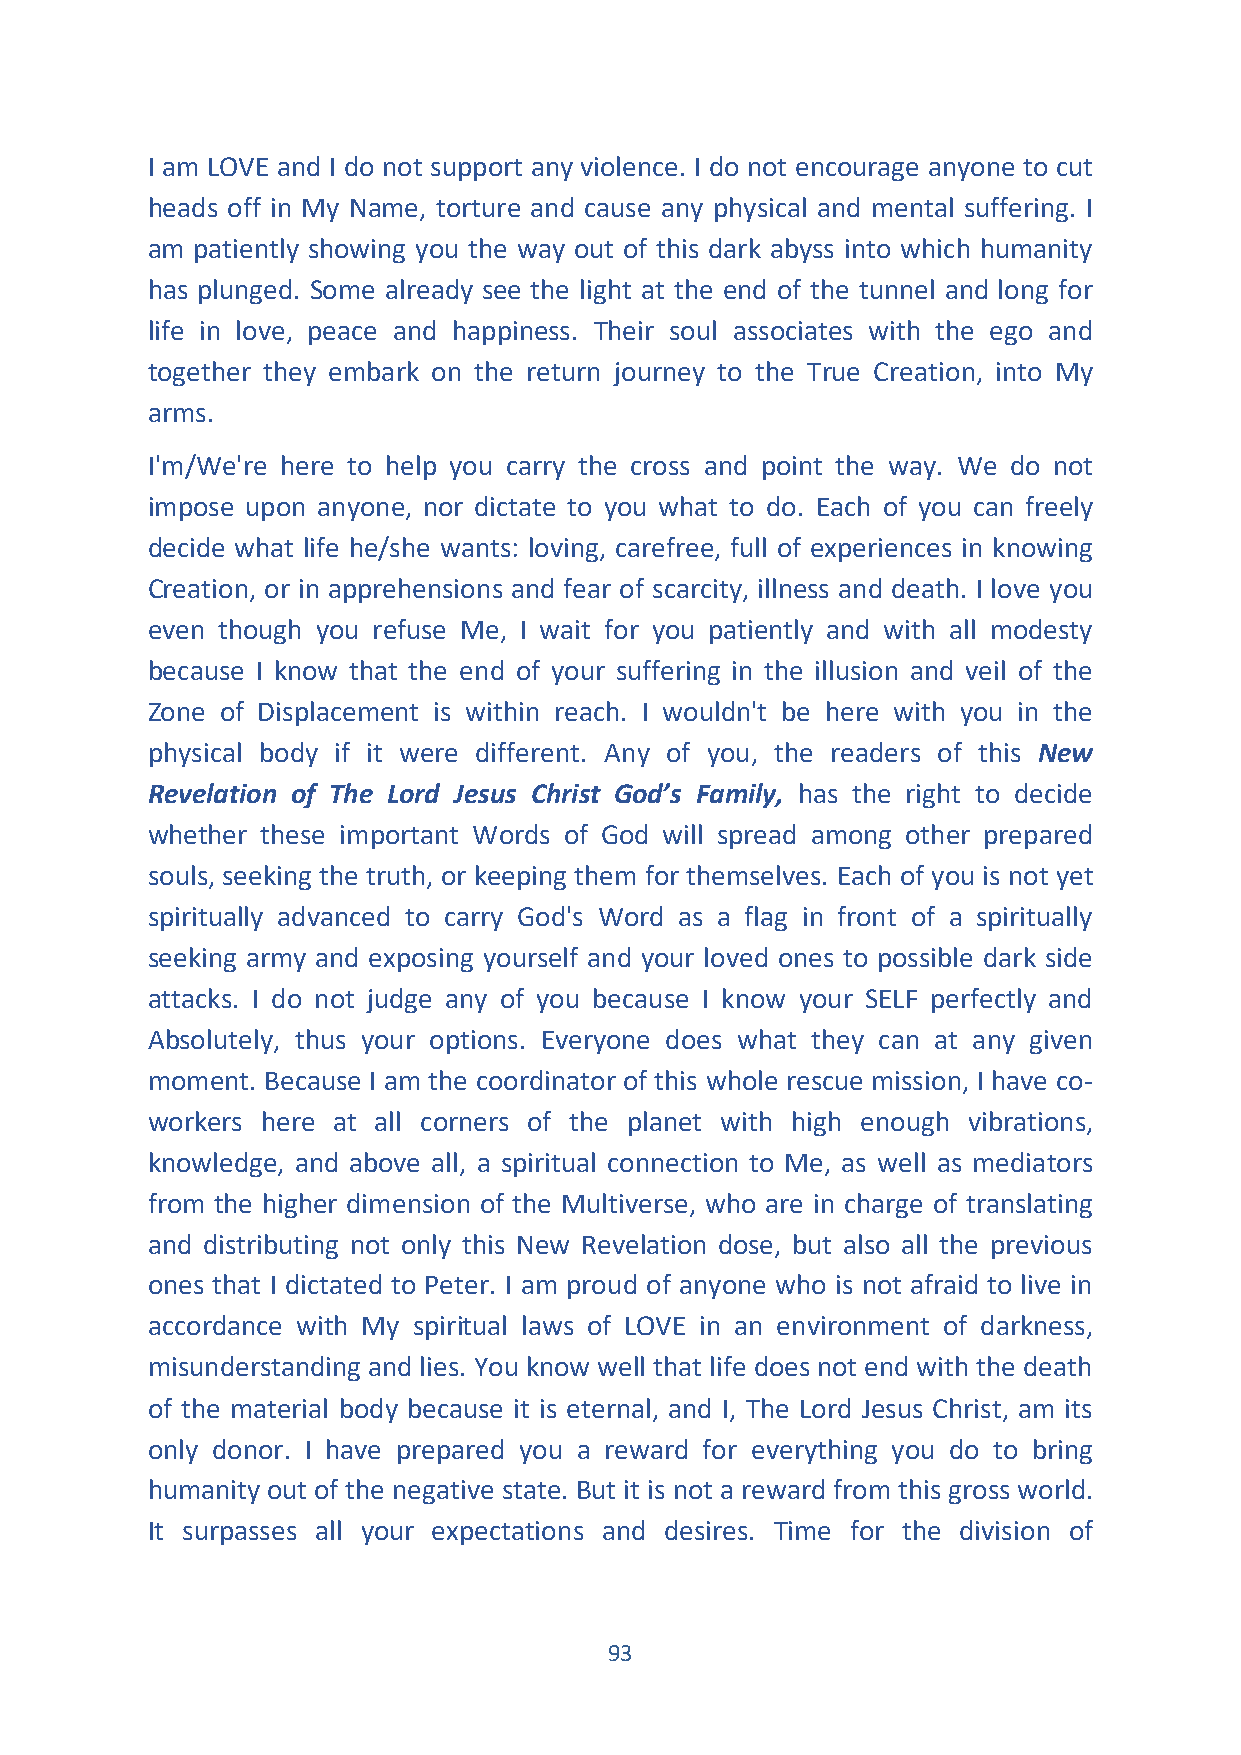
I am LOVE and I do not support any violence. I do not encourage anyone to cut
 heads off in My Name, torture and cause any physical and mental suffering. I
 am patiently showing you the way out of this dark abyss into which humanity
 has plunged. Some already see the light at the end of the tunnel and long for
 life in love, peace and happiness. Their soul associates with the ego and
 together they embark on the return journey to the True Creation, into My
 arms.
 I'm/We're here to help you carry the cross and point the way. We do not
 impose upon anyone, nor dictate to you what to do. Each of you can freely
 decide what life he/she wants: loving, carefree, full of experiences in knowing
 Creation, or in apprehensions and fear of scarcity, illness and death. I love you
 even though you refuse Me, I wait for you patiently and with all modesty
 because I know that the end of your suffering in the illusion and veil of the
 Zone of Displacement is within reach. I wouldn't be here with you in the
 physical body if it were different. Any of you, the readers of this New
 Revelation of The Lord Jesus Christ God’s Family, has the right to decide
 whether these important Words of God will spread among other prepared
 souls, seeking the truth, or keeping them for themselves. Each of you is not yet
 spiritually advanced to carry God's Word as a flag in front of a spiritually
 seeking army and exposing yourself and your loved ones to possible dark side
 attacks. I do not judge any of you because I know your SELF perfectly and
 Absolutely, thus your options. Everyone does what they can at any given
 moment. Because I am the coordinator of this whole rescue mission, I have co-
 workers here at all corners of the planet with high enough vibrations,
 knowledge, and above all, a spiritual connection to Me, as well as mediators
 from the higher dimension of the Multiverse, who are in charge of translating
 and distributing not only this New Revelation dose, but also all the previous
 ones that I dictated to Peter. I am proud of anyone who is not afraid to live in
 accordance with My spiritual laws of LOVE in an environment of darkness,
 misunderstanding and lies. You know well that life does not end with the death
 of the material body because it is eternal, and I, The Lord Jesus Christ, am its
 only donor. I have prepared you a reward for everything you do to bring
 humanity out of the negative state. But it is not a reward from this gross world.
 It surpasses all your expectations and desires. Time for the division of
 93